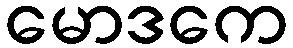
မောဒကေ